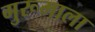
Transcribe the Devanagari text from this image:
गुरूमाला